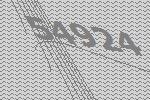
54924